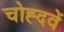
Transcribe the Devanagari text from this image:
चोह्दवें